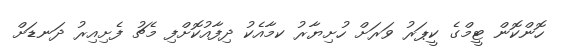
ހޮންކޮން ޓީމްގެ ކީޕަރު ވަރަށް ހުށިޔާރު ކމާއެކު ދިފާއުކޮށްފި މެޗު ފެށިއިރު ދަނޑަށް